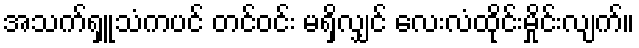
အသက်ရှူသံကပင် တင်ဝင်း မရှိလျှင် လေးလံထိုင်းမှိုင်းလျက်။